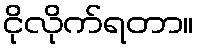
ငိုလိုက်ရတာ။